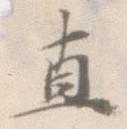
直